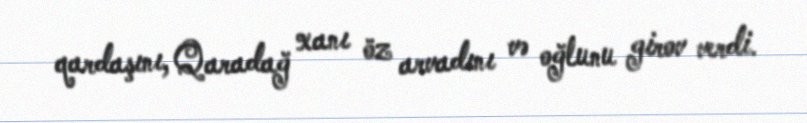
qardaşını, Qaradağ xanı öz arvadını və oğlunu girov verdi.